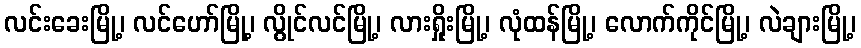
လင်းခေးမြို့၊ လင်ဟော်မြို့၊ လွိုင်လင်မြို့၊ လားရှိုးမြို့၊ လုံထန်မြို့၊ လောက်ကိုင်မြို့၊ လဲချားမြို့၊